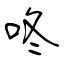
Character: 咚